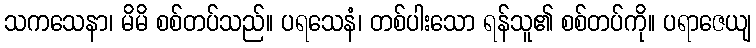
သကသေနာ၊ မိမိ စစ်တပ်သည်။ ပရသေနံ၊ တစ်ပါးသော ရန်သူ၏ စစ်တပ်ကို။ ပရာဇေယျ